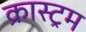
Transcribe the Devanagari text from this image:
क्रास्ट्रम